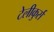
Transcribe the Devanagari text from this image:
टेलीकुर्स